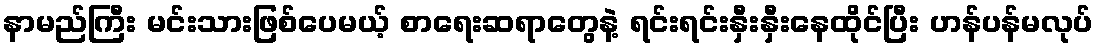
နာမည်ကြီး မင်းသားဖြစ်ပေမယ့် စာရေးဆရာတွေနဲ့ ရင်းရင်းနှီးနှီးနေထိုင်ပြီး ဟန်ပန်မလုပ်